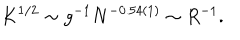
K ^ { 1 / 2 } \sim g ^ { - 1 } N ^ { - 0 . 5 4 ( 1 ) } \sim R ^ { - 1 } .